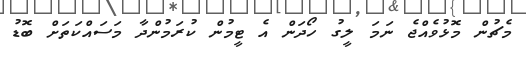
މެޗުން މޮޅުވެއްޖެ ނަމަ ލީގު ހޯދަން އެ ޓީމުން ކުރަމުންދާ މަސައްކަތަށް ބޮޑު